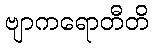
ဗျာကရောတီတိ